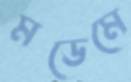
মডেমে